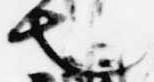
也